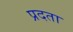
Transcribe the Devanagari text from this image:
प्रदता